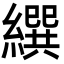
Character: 繏